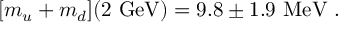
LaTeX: [ m _ { u } + m _ { d } ] ( 2 \ \mathrm { G e V } ) = 9 . 8 \pm 1 . 9 \ \mathrm { M e V } \ .